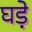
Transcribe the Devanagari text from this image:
घडे़